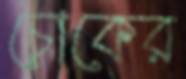
চোকের